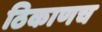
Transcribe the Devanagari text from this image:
ठिकाणच